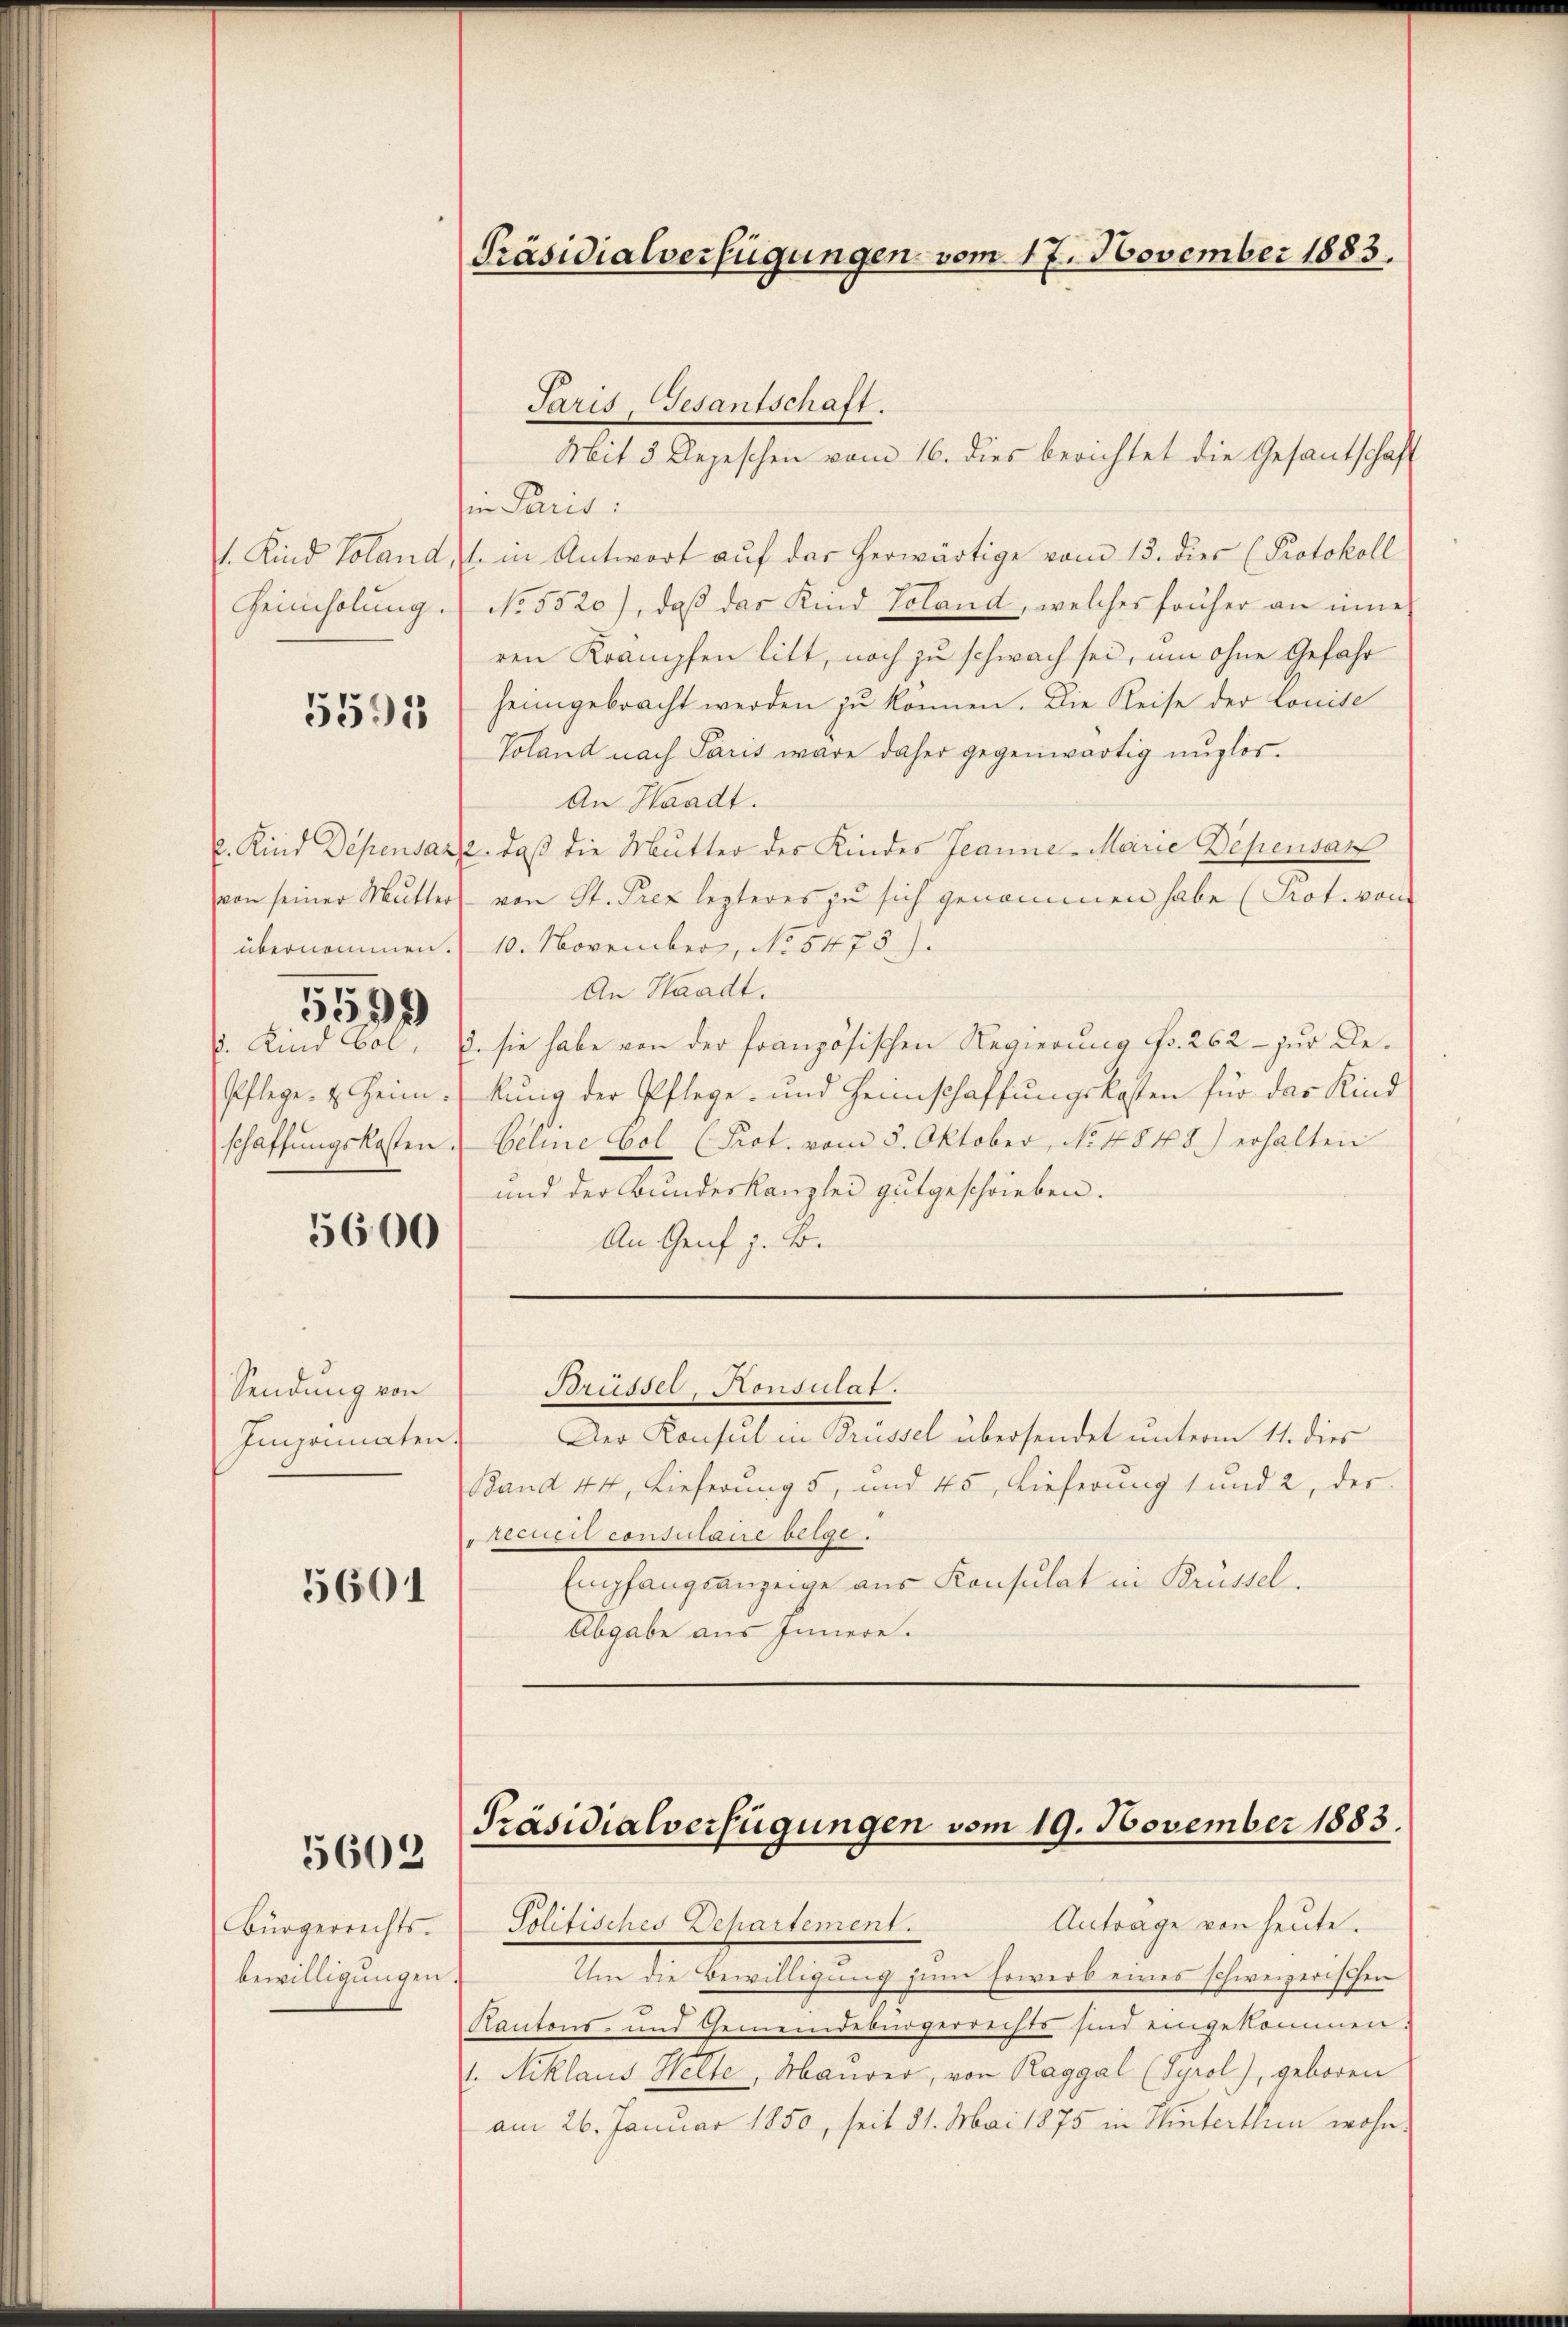
5599
p. Kind Col

5595

5600

Sendung von
Imponaten

5601

5602

Bürgerrechts.
bewilligungen

in Paris:
1. Kind Voland,  in Antwort auf das herwärtige vom 13. dies (Protokoll
Heimholung No. 5520), daß das Kind Voland, welches früher an inne
ren Krämpfen litt, noch zu schwach sei, um ohne Gefahr
heimgebracht werden zu können. Die Reise der Conite
Voland nach Paris wäre daher gegenwärtig unglos.
An Waadt.
. Kind Depensaz, 2. daß die Mutter des Kindes Jeanne - Marie Depensarz
von seiner Mutter von St. Prez lezteres zu sich genommen habe (Prot. von
übernommen. 10. November, No 5473).
An Waadt.
E. sie habe von der französischen Regierung Fr. 262 - zur De¬
Pflege u. Heimkung der Pflege und Heimschaffungskosten für das Kind
schaffŭngskosten Geline Col (Prot. vom 5. Oktober, No 4848) erhalten
und der Bundeskanzlei gutgeschrieben.
An Genf z. B.

Präsidialverfügungen vom 17. November 1883.

Paris, Gesantschaft.
Mit 3 Depeschen vom 16. dies berichtet die Gesantschaft

Der Konsul in Brüssel übersendet unterm 11. dies
¬
Band 44, Lieferung 5, und 45, Lieferung 1 und 2, der
Recurit consulaire beige.
Empfangsanzeige aus Konsulat in Brüssel.
Abgabe aus Innere.

Brüssel, Konsulat.

Präsidialverfügungen vom 19. November 1883.

Antrage von heute.
Politisches Departement.
Um die Bewilligung zum Erwerb eines schweizerischen
s
Kantons- und Gemeindebürgerrechts sind eingekommen
1. Niklaus Welte, Maurer, von Raggal (Syrol), geboren
am 26. Januar 1850, seit 31. Mai 1875 in Winterthun wohn.